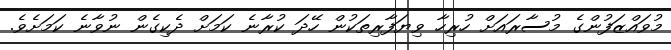
މުވައްޒަފުންގެ މުސާރައަށް ހުރިހާ ވިޔަފާރިތަކުން ހޭދަ ކުރާނެ ކަމަށް ދެކިގެން ނުވާނެ ކަމަށެވެ.